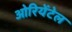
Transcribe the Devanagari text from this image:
ओरियेंटेल